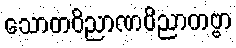
သောတဝိညာဏဝိညာတဗ္ဗာ